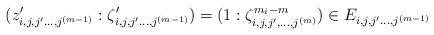
\begin{align*} (z_{i,j,j'\ldots , j^{(m-1)}}':\zeta_{i,j,j'\ldots , j^{(m-1)}}') = ( 1: \zeta_{i,j,j',\ldots, j^{(m)}}^{m_i-m} ) \in E_{i,j,j'\ldots , j^{(m-1)}}\end{align*}